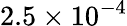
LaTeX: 2.5\times 10^{-4}